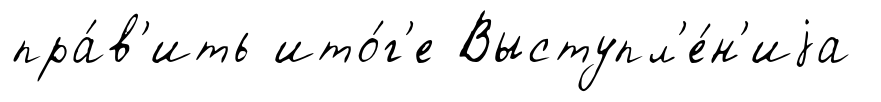
пра́в'ить ито́г'е Выступл'е́н'иjа